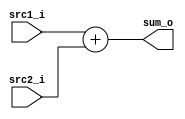
//Subject:     CO project 2 - Adder
//--------------------------------------------------------------------------------
//Version:     1
//--------------------------------------------------------------------------------
//Writer:      Luke
//----------------------------------------------
//----------------------------------------------
//Description:
//--------------------------------------------------------------------------------

module Adder(
    src1_i,
    src2_i,
    sum_o
    );

//I/O ports
input  [32-1:0]  src1_i;
input  [32-1:0]  src2_i;
output [32-1:0]  sum_o;

//Internal Signals
reg    [32-1:0]  sum_o;

//Parameter

//Main function
always@(*)
begin
    sum_o <= src1_i + src2_i;
end

endmodule